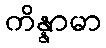
ကိန္နာမာ